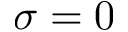
\sigma = 0